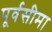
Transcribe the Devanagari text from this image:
पूर्वसीमा